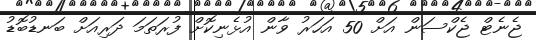
ޖެނެޓް ޖެކްސަން އަށް 50 އަހަރު ވާން އުޅެނިކޮށް ފުރަތަމަ ދަރިއަށް ބަނޑުބޮޑު